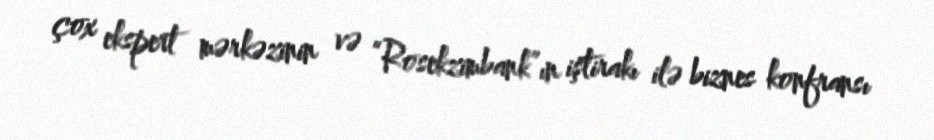
çox ekspert mərkəzinin və “Rosekzimbank”ın iştirakı ilə biznes konfransı